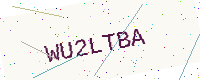
Text: WU2LTBA